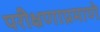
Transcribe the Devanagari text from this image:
परीक्षणाप्रमाणे